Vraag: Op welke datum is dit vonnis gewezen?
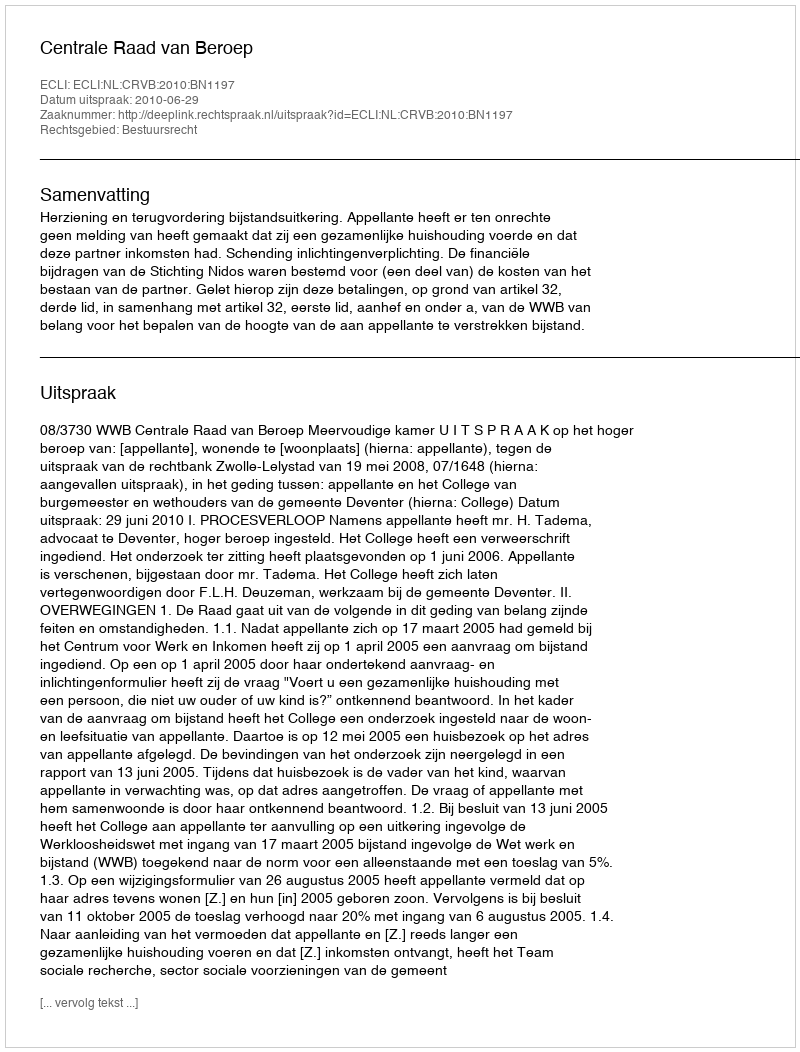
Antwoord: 2010-06-29